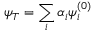
\psi _ { T } = \sum _ { i } \alpha _ { i } \psi _ { i } ^ { ( 0 ) }